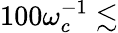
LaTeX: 100\omega_{c}^{-1}\lesssim